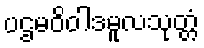
ပဌမဝိဝါဒမူလသုတ္တံ